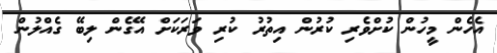
އެހެން މީހުން ކުށްވެރި ކުރުން އިތުރު ކުރި ވަރަކަށް އޭގެން ލިބޭ ގެއްލުން